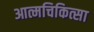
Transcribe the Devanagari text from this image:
आत्मचिकित्सा